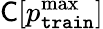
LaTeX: \textsf{C}[{p_{\mathtt{train}}^{\operatorname*{max}}}]